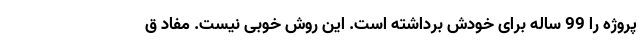
پروژه را 99 ساله برای خودش برداشته است. این روش خوبی نیست. مفاد ق